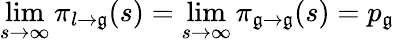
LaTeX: \operatorname*{lim}_{s\to\infty}\pi_{l\to\mathfrak{g}}(s)=\operatorname*{lim}_{s\to\infty}\pi_{\mathfrak{g}\to\mathfrak{g}}(s)=p_{\mathfrak{g}}